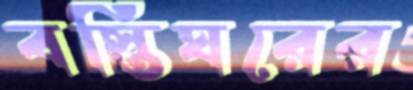
বস্তিঘরের